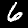
Digit: 6